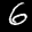
Label: 6